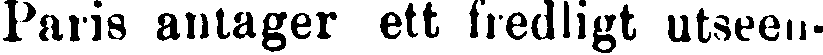
Paris antager ett fredligt utseen-